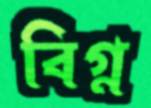
বিগ্ন